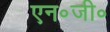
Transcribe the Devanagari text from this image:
एन॰जी॰